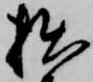
拙